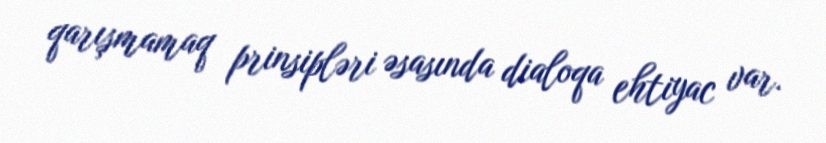
qarışmamaq prinsipləri əsasında dialoqa ehtiyac var.